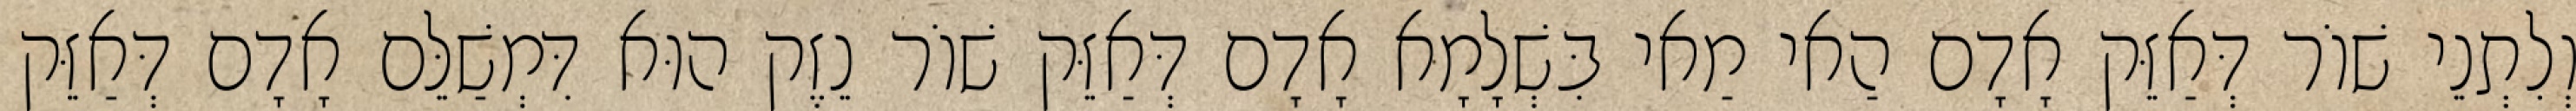
וְלִתְנֵי שׁוֹר דְּאַזֵּק אָדָם הַאי מַאי בִּשְׁלָמָא אָדָם דְּאַזֵּק שׁוֹר נֵזֶק הוּא דִּמְשַׁלֵּם אָדָם דְּאַזֵּק